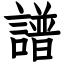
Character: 譜